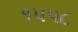
૧૫૫૮